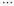
…